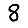
Digit: 8